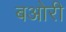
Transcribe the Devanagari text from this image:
बओरी